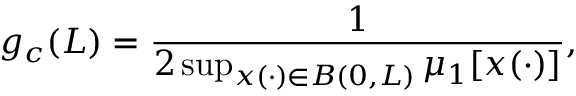
g _ { c } ( L ) = \frac { 1 } { 2 \operatorname* { s u p } _ { x ( \cdot ) \in B ( 0 , L ) } \mu _ { 1 } \lbrack x ( \cdot ) \rbrack } ,